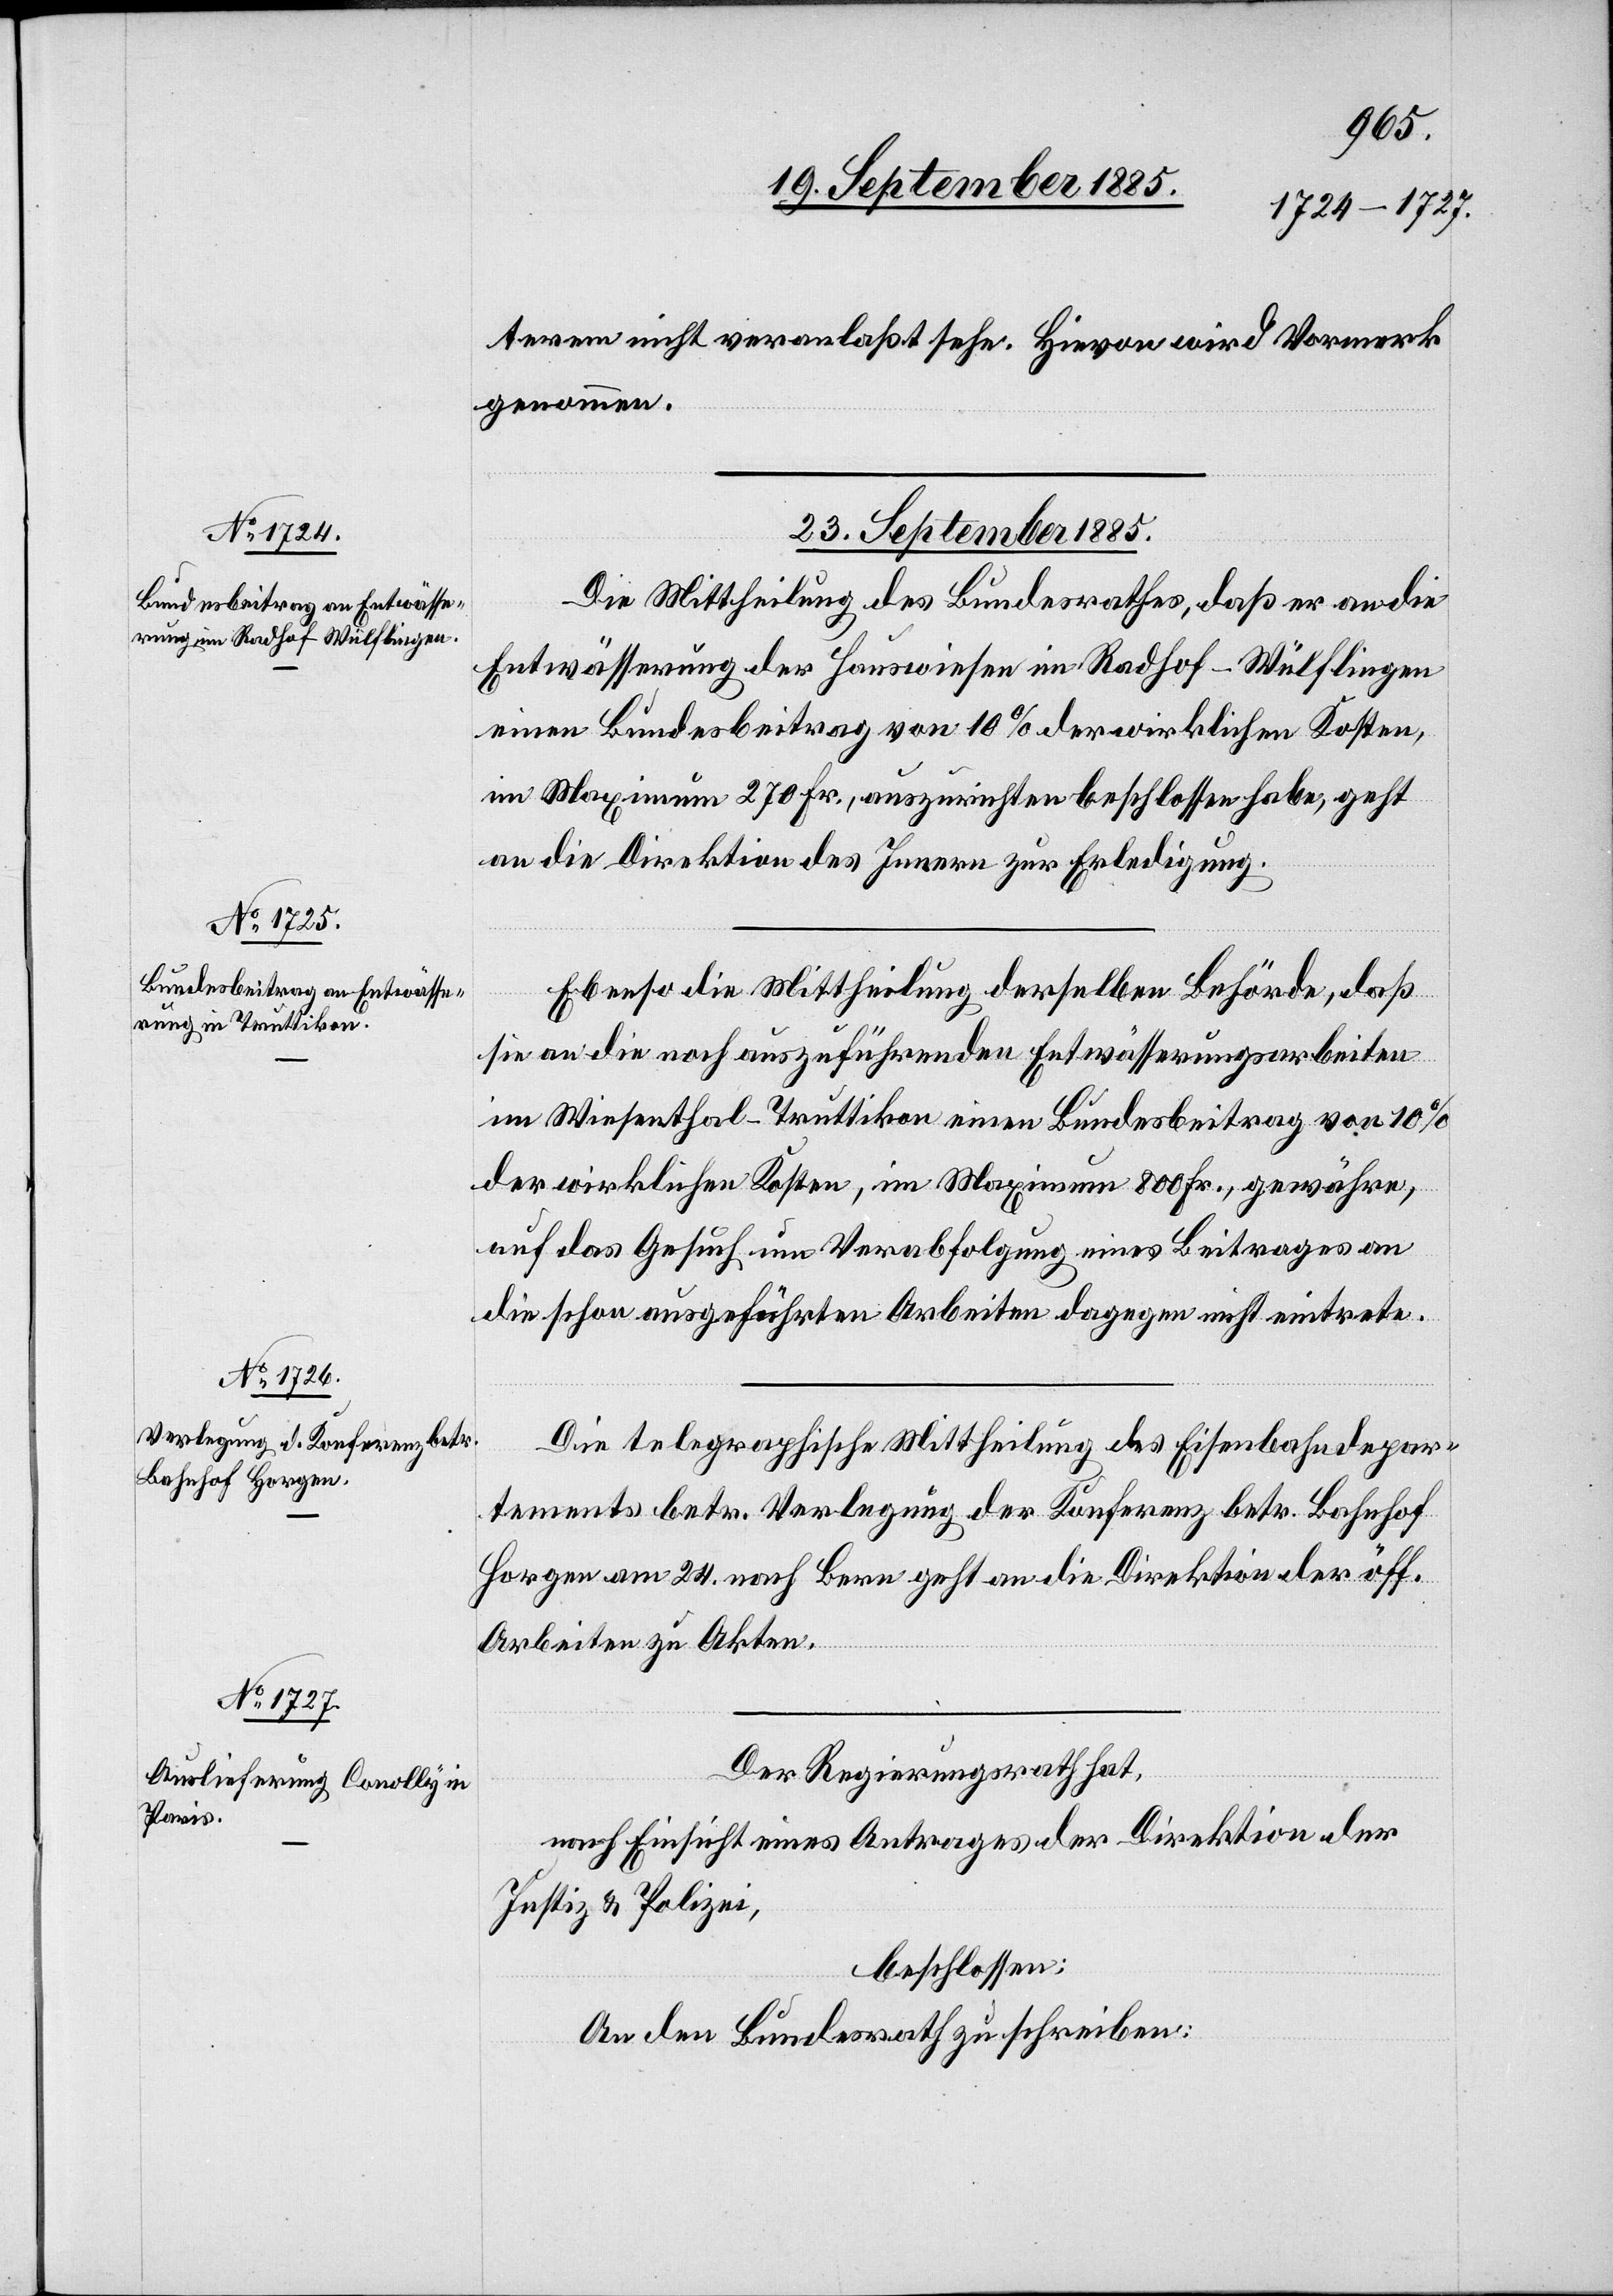
terem nicht veranlaßt sehe. Hievon wird Vormerk
genommen.
23. September 1885.]
Die Mittheilung des Bundesrathes, daß er an die
Entwässerung der Hauswiesen im Radhof - Wülflingen
einen Bundesbeitrag von 10% der wirklichen Kosten,
im Maximum 270 Fr., auszurichten beschlossen habe, geht
an die Direktion des Innern zur Erledigung.
Ebenso die Mittheilung derselben Behörde, daß
sie an die noch auszuführenden Entwässerungsarbeiten
im Wiesenthal - Truttikon einen Bundesbeitrag von 10%
der wirklichen Kosten, im Maximum 800 Fr., gewähre,
auf das Gesuch um Verabfolgung eines Beitrages an
die schon ausgeführten Arbeiten dagegen nicht eintrete.
Die telegraphische Mittheilung des Eisenbahndepar¬
tements betr. Verlegung der Konferenz betr. Bahnhof
Horgen am 24. nach Berg geht an die Direktion der öff.
Arbeiten zu Akten.
Der Regierungsrath hat,
nach Einsicht eines Antrages der Direktion der
Justiz & Polizei,
beschlossen:
An den Bundesrath zu schreiben: